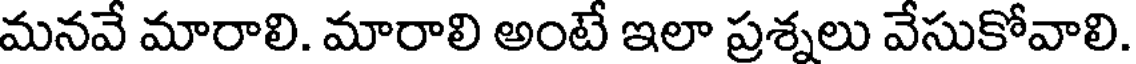
మనవే మారాలి. మారాలి అంటే ఇలా ప్రశ్నలు వేసుకోవాలి.